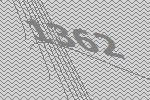
1362